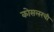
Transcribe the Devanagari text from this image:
कोसलरची